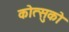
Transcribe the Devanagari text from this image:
कोत्सुको